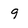
Character: 9